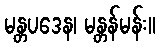
မန္တပဒေန၊ မန္တန်မန်း။